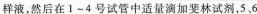
样液，然后在1~4号试管中适量滴加斐林试剂，5、6